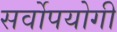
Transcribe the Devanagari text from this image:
सर्वोपयोगी